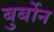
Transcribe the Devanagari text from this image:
बुर्बोन